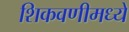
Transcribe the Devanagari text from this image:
शिकवणीमध्ये